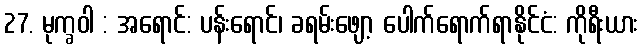
27. မုက္ခဝါ : အရောင်: ပန်းရောင်၊ ခရမ်းဖျော့ ပေါက်ရောက်ရာနိုင်ငံ: ကိုရီးယား